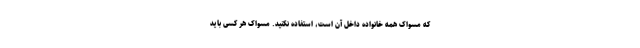
که مسواک همه خانواده داخل آن است، استفاده نکنید. مسواک هر کسی باید